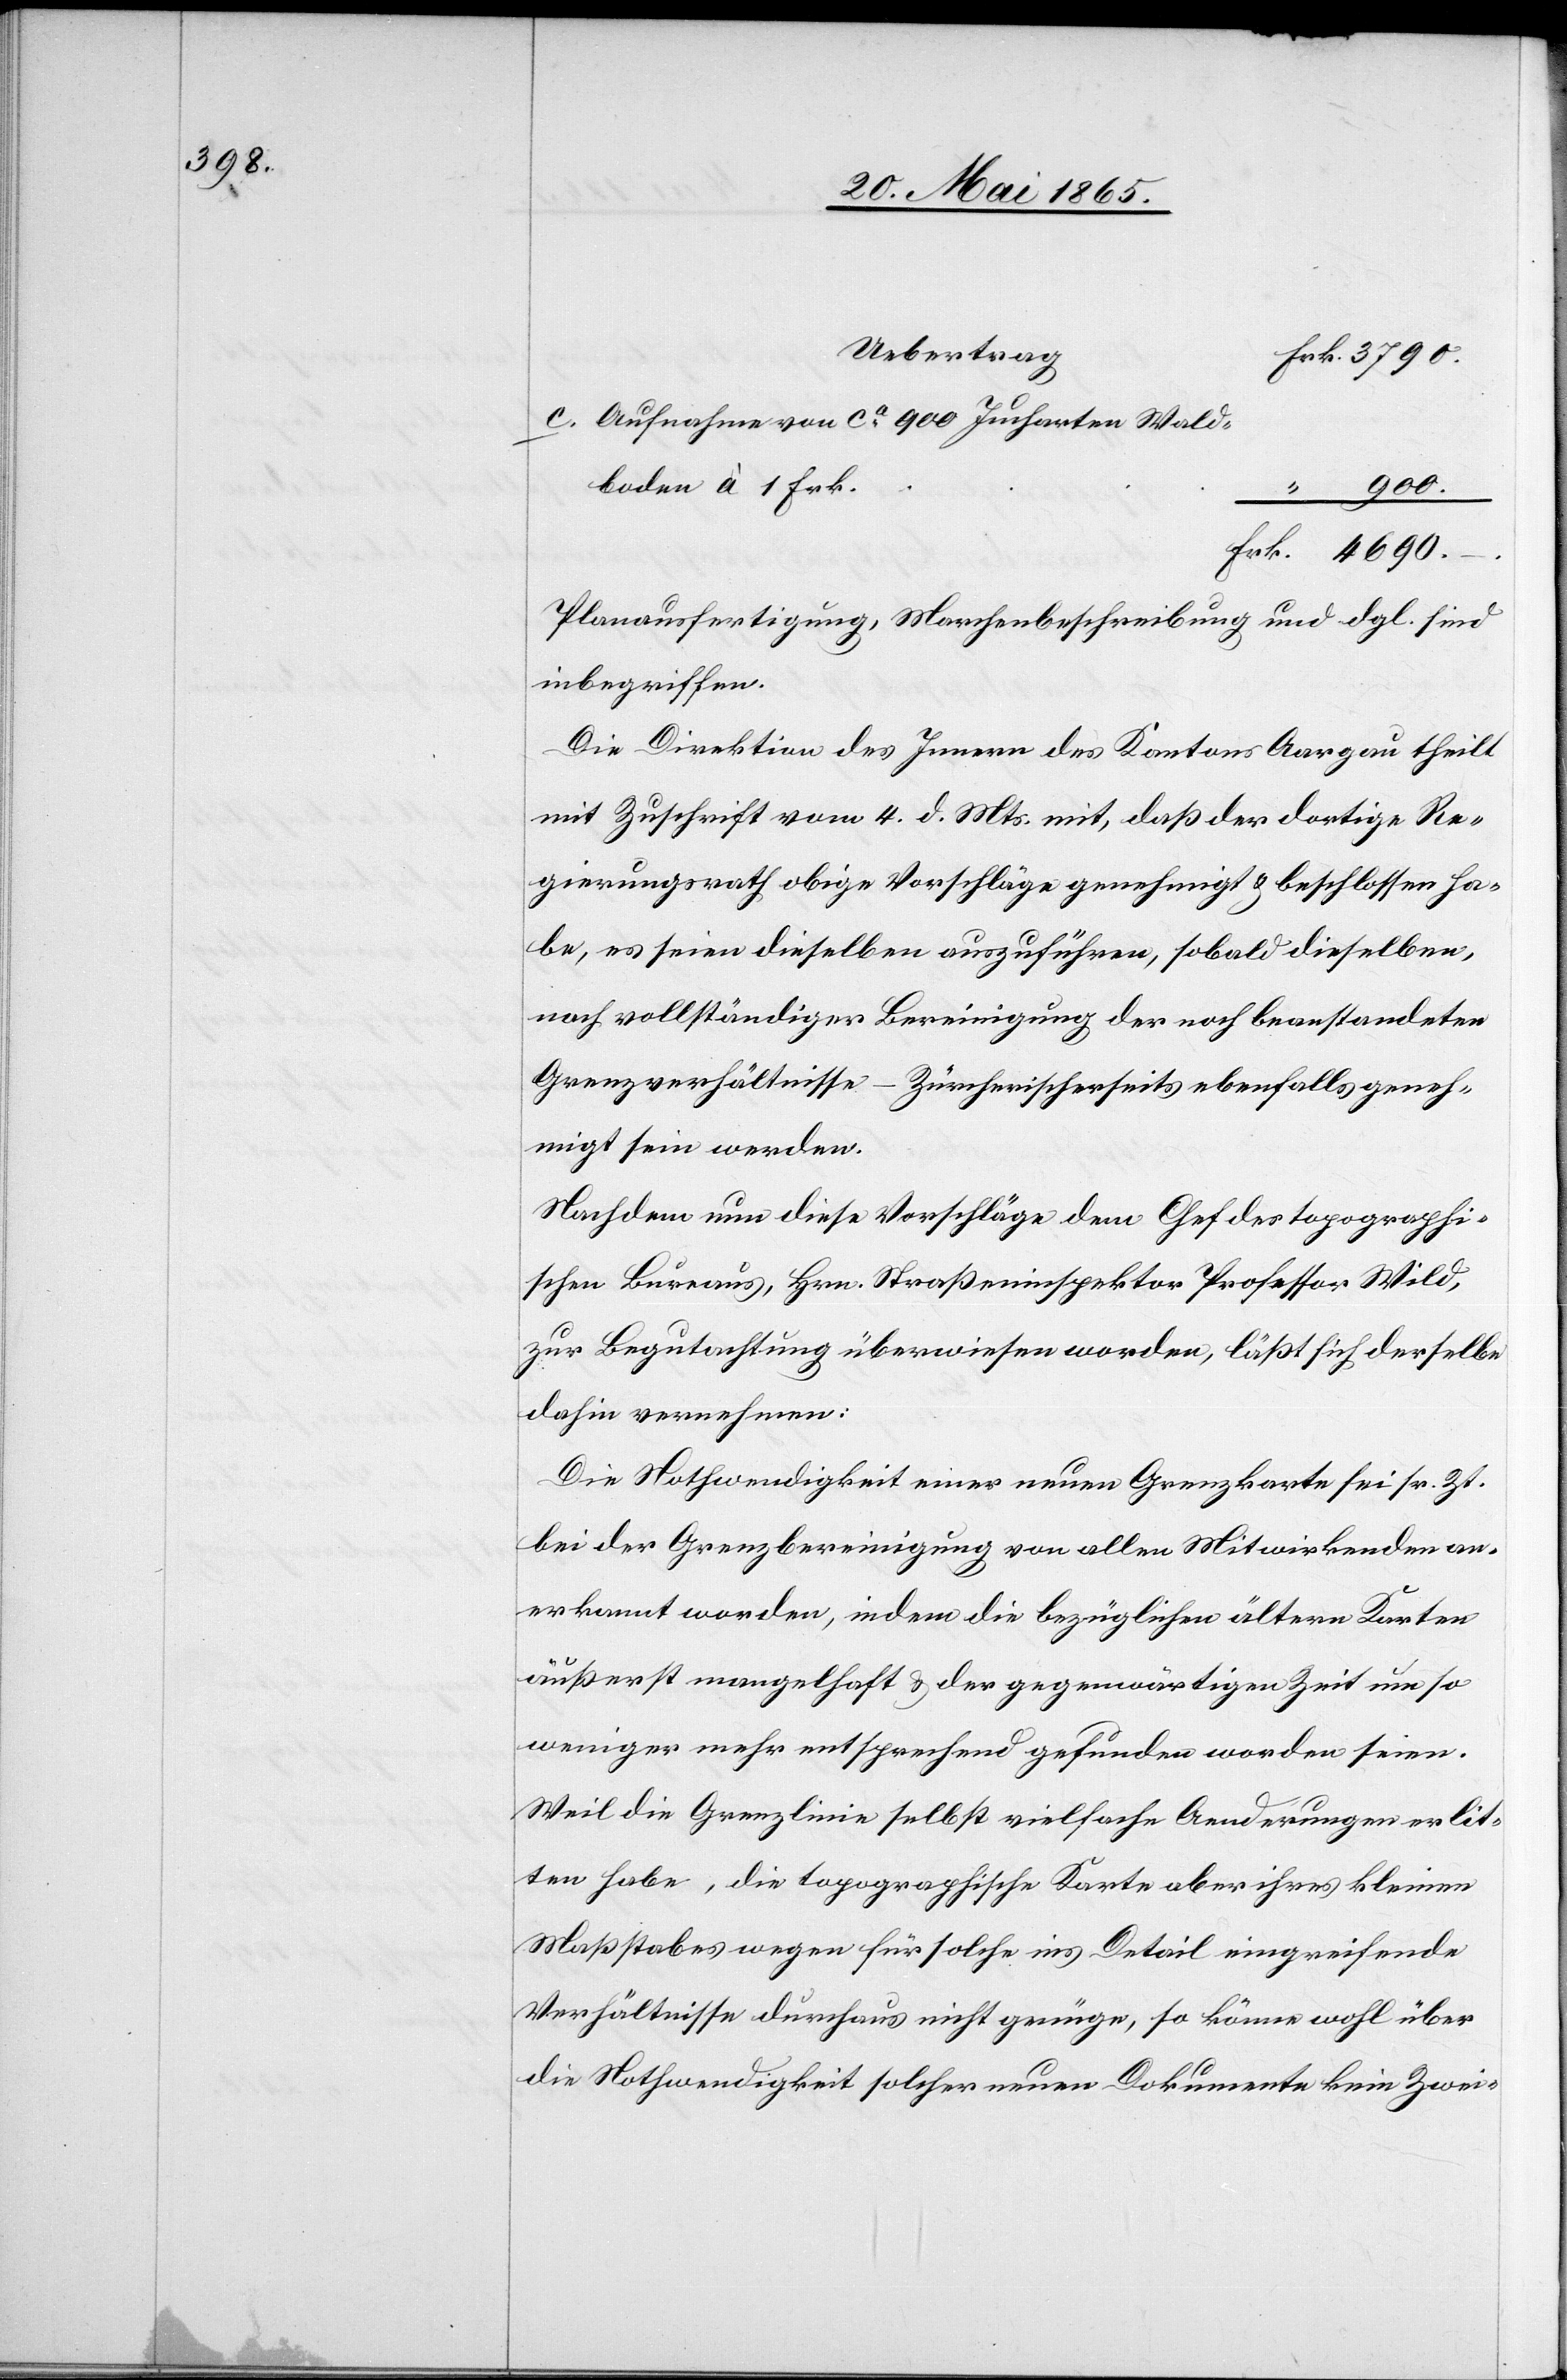
3790.

Uebertrag
Aufnahme von ca 900 Jucharten Wald¬
boden à 1 Frk.
900.
Planausfertigung, Marchenbeschreibung und dgl. sind
inbegriffen.
Die Direktion des Innern des Kantons Aargau theilt
mit Zuschrift vom 4. d. Mts. mit, daß der dortige Re¬
gierungsrath obige Vorschläge genehmigt & beschlossen ha¬
be, es seien dieselben auszuführen, sobald dieselben,
nach vollständiger Bereinigung der noch beanstandeten
Grenzverhältnisse – Zürcherischerseits ebenfalls geneh¬
migt sein werden.
Nachdem nun diese Vorschläge dem Chef des topographi¬
schen Büreaus, Hrn. Straßeninspektor Professor Wild,
zur Begutachtung überwiesen worden läßt sich derselbe
dahin vernehmen:
Die Nothwendigkeit einer neuen Grenzkarte sei sr. Zt.
bei der Grenzbereinigung von allen Mitwirkenden an¬
erkannt worden, indem die bezüglichen ältern Karten
äußerst mangelhaft & der gegenwärtigen Zeit um so
weniger mehr entsprechend gefunden worden seien.
Weil die Grenzlinie selbst vielfache Aenderungen erlit¬
ten habe, die topographische Karte aber ihres kleinen
Maßstabes wegen für solche ins Detail eingreifende
Verhältnisse durchaus nicht genüge, so könne wohl über
die Nothwendigkeit solcher neuen Dokumente kein Zwei-